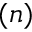
( n )